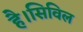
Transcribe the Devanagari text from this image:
है।सिविल